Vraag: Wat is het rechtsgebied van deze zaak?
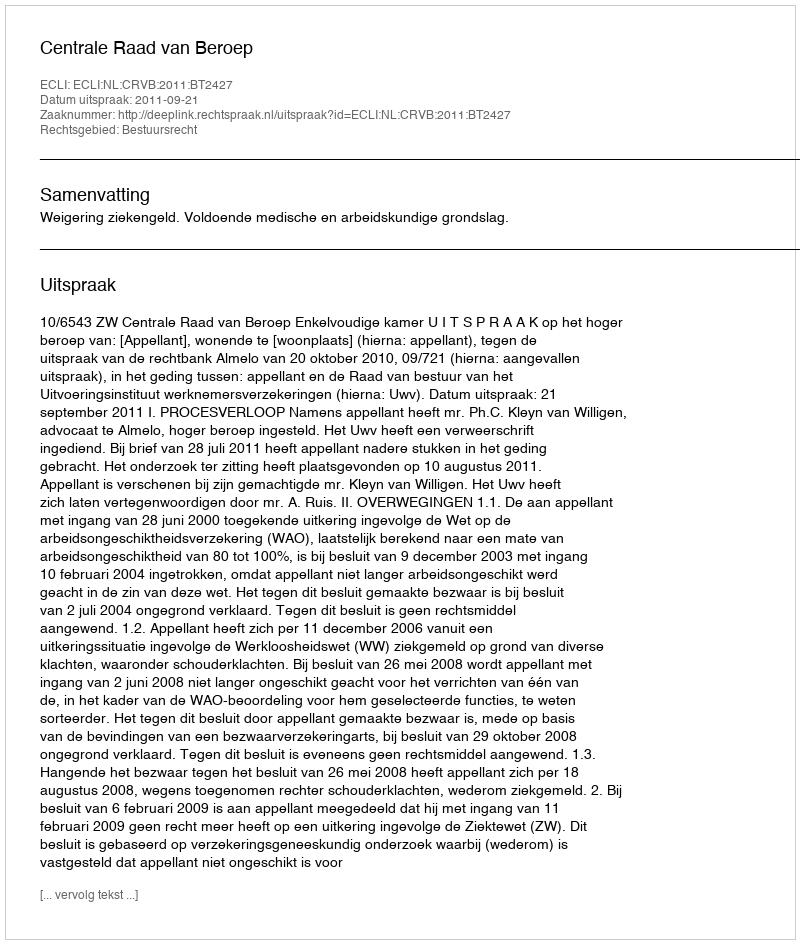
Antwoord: Bestuursrecht